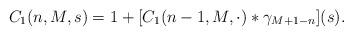
LaTeX: \begin{align*}C_{1}(n,M,s)=1+[C_{1}(n-1,M,\cdot)\ast\gamma_{M+1-n}](s).\end{align*}